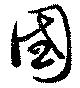
国